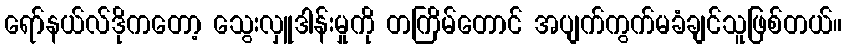
ရော်နယ်လ်ဒိုကတော့ သွေးလှူဒါန်းမှုကို တကြိမ်တောင် အပျက်ကွက်မခံချင်သူဖြစ်တယ်။